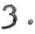
3.